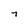
Character: 7